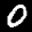
Label: 0